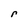
Character: r